Lunatic asylums United Provinces 1899-1908 - 1899-1908
Year: 1899
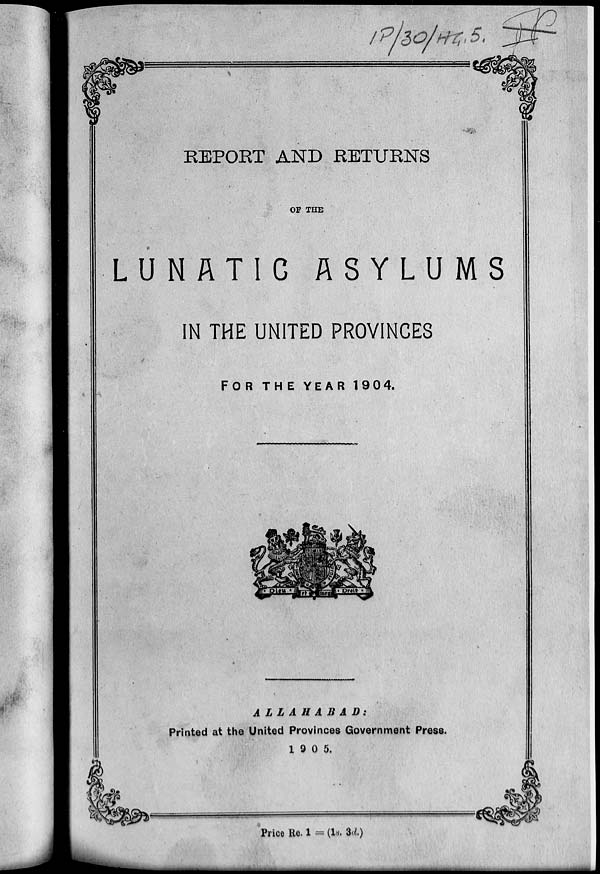
REPORT AND RETURNS
OF THE
LUNATIC
ASYLUMS
IN THE UNITED PROVINCES
FOR THE YEAR 1904.
ALLAHABAD:
Printed at the United Provinces Government Press.
1905.
Price Re. 1 = (1s. 3d.)